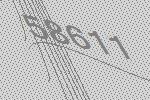
58611